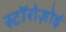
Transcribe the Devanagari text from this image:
स्टॉरोज़ोई